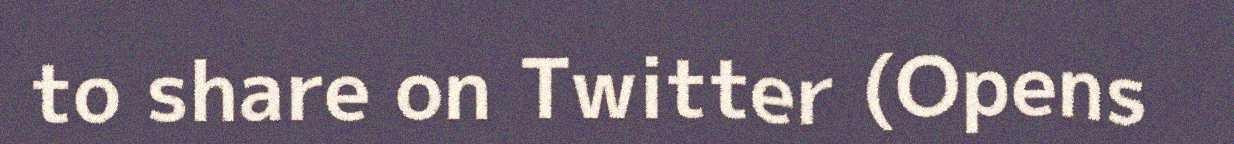
to share on Twitter (Opens